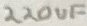
Text: 220uF